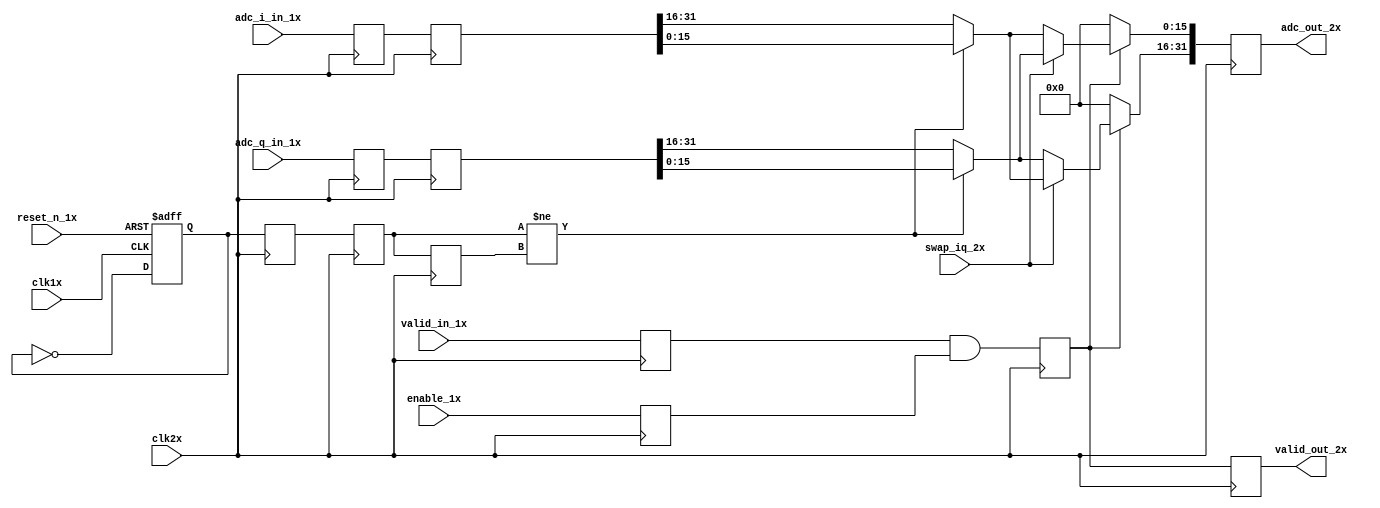
//
// Copyright 2021 Ettus Research, a National Instruments Brand
//
// SPDX-License-Identifier: LGPL-3.0-or-later
//
// Module: adc_gearbox_2x1
//
// Description:
//
//   Gearbox ADC data from 2 SPC to 1 SPC and corresponding 2x clock to 1x
//   clock. Also implement data swapping to format packets to fit the FIR
//   filter input requirements.
//
//   This modules incurs one clk1x cycle of delay on the data and valid signals
//   from input on the 1x domain to output on the 2x domain.
//

`default_nettype none

module adc_gearbox_2x1 (
  input  wire        clk1x,
  input  wire        reset_n_1x,
  // Data is _presumed_ to be packed [Sample1, Sample0] (Sample0 in LSBs).
  input  wire [31:0] adc_q_in_1x,
  input  wire [31:0] adc_i_in_1x,
  input  wire        valid_in_1x,
  // De-assert enable_1x to clear the data synchronously from this module.
  input  wire        enable_1x,

  input  wire        clk2x,
  // Data is packed [Q,I] (I in LSBs) when swap_iq_1x is '0'.
  input  wire        swap_iq_2x,
  output wire [31:0] adc_out_2x,
  output wire        valid_out_2x
);

  // Re-create the 1x clock in the 2x domain to produce a deterministic
  // crossing.
  reg toggle_1x, toggle_2x = 1'b0, toggle_2x_dly = 1'b0, valid_2x = 1'b0, valid_dly_2x = 1'b0;
  reg [31:0] data_out_2x = 32'b0, adc_q_data_in_2x = 32'b0, adc_i_data_in_2x = 32'b0;

  // Create a toggle in the 1x clock domain (clock divider /2).
  always @(posedge clk1x or negedge reset_n_1x) begin
    if ( ! reset_n_1x) begin
      toggle_1x <= 1'b0;
    end else begin
      toggle_1x <= ! toggle_1x;
    end
  end

  // clk1x and clk2x are nominally aligned on their rising edges, but clk2x is
  // more heavily loaded, which results in a later arrival time. That late
  // arrival causes large estimated hold violations after place. The Ultrafast
  // method (UG 949) suggests fixing post-place hold violations that are worse
  // than -0.5 ns.
  // Resampling 1x signals on the falling edge of clk2x provides nominally half
  // a period of setup and half a period of hold. The late arrival of clk2x
  // shifts some of that margin away from hold slack and into setup slack.
  reg        toggle_2x_fall   = 1'b0;
  reg [31:0] adc_q_in_2x_fall = 32'b0;
  reg [31:0] adc_i_in_2x_fall = 32'b0;
  reg        valid_in_2x_fall = 1'b0;
  reg        enable_2x_fall   = 1'b0;

  always @(negedge clk2x) begin
    toggle_2x_fall   <= toggle_1x;
    adc_q_in_2x_fall <= adc_q_in_1x;
    adc_i_in_2x_fall <= adc_i_in_1x;
    valid_in_2x_fall <= valid_in_1x;
    enable_2x_fall   <= enable_1x;
  end

  // Transfer the toggle from the 1x to the 2x domain. Delay the toggle in the
  // 2x domain by one cycle and compare it to the non-delayed version. When
  // they differ, push data_in[15:0] onto the output. When the match, push
  // [31:16] onto the output. The datasheet is unclear on the exact
  // implementation.
  //
  // It is safe to not reset this domain because all of the input signals will
  // be cleared by the 1x reset. Safe default values are assigned to all these
  // registers.
  always @(posedge clk2x) begin
    toggle_2x     <= toggle_2x_fall;
    toggle_2x_dly <= toggle_2x;
    adc_q_data_in_2x <= adc_q_in_2x_fall;
    adc_i_data_in_2x <= adc_i_in_2x_fall;
    // Place Q in the MSBs, I in the LSBs by default, unless swapped = 1.
    if (valid_2x) begin
      if (swap_iq_2x) begin
        if (toggle_2x != toggle_2x_dly) begin
          data_out_2x[31:16] <= adc_i_data_in_2x[15:0];
          data_out_2x[15: 0] <= adc_q_data_in_2x[15:0];
        end else begin
          data_out_2x[31:16] <= adc_i_data_in_2x[31:16];
          data_out_2x[15: 0] <= adc_q_data_in_2x[31:16];
        end
      end else begin
        if (toggle_2x != toggle_2x_dly) begin
          data_out_2x[31:16] <= adc_q_data_in_2x[15:0];
          data_out_2x[15: 0] <= adc_i_data_in_2x[15:0];
        end else begin
          data_out_2x[31:16] <= adc_q_data_in_2x[31:16];
          data_out_2x[15: 0] <= adc_i_data_in_2x[31:16];
        end
      end
    end else begin
      data_out_2x <= 32'b0;
    end
    // Valid is simply a transferred version of the 1x clock's valid. Delay it
    // one more cycle to align outputs.
    valid_2x     <= valid_in_2x_fall && enable_2x_fall;
    valid_dly_2x <= valid_2x;
  end

  assign adc_out_2x   = data_out_2x;
  assign valid_out_2x = valid_dly_2x;

endmodule

`default_nettype wire